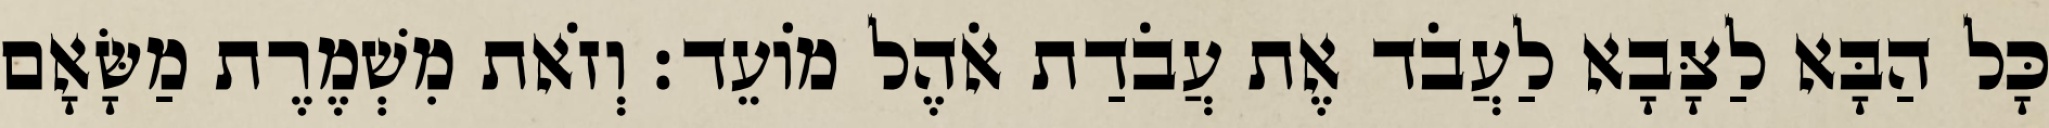
כָּל הַבָּא לַצָּבָא לַעֲבֹד אֶת עֲבֹדַת אֹהֶל מוֹעֵד׃ וְזֹאת מִשְׁמֶרֶת מַשָּׂאָם